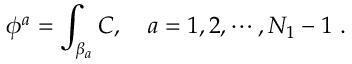
\phi ^ { a } = \int _ { \beta _ { a } } C , \quad a = 1 , 2 , \cdots , N _ { 1 } - 1 \ .